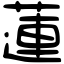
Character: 蓮